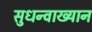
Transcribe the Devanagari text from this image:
सुधन्वाख्यान